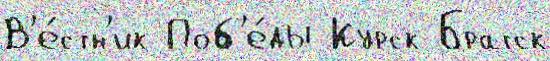
В'е́стн'ик Поб'е́ды Курск Братск